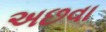
અછવા